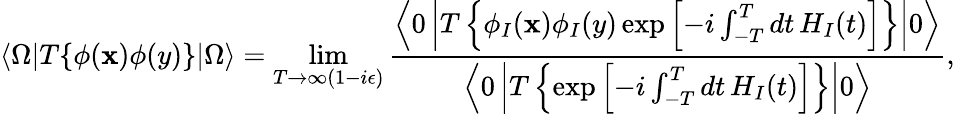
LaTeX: \langle\Omega|T\{ \phi(\mathbf{x})\phi(y)\} |\Omega\rangle=\operatorname*{lim}_{T\to\infty(1-i\epsilon)}{\frac{{\left\langle0\left|T\left\{ \phi_{I}(\mathbf{x})\phi_{I}(y)\exp\left[-i\int_{-T}^{T}dt\, H_{I}(t)\right]\right\} \right|0\right\rangle}}{{\left\langle0\left|T\left\{ \exp\left[-i\int_{-T}^{T}dt\, H_{I}(t)\right]\right\} \right|0\right\rangle}}},